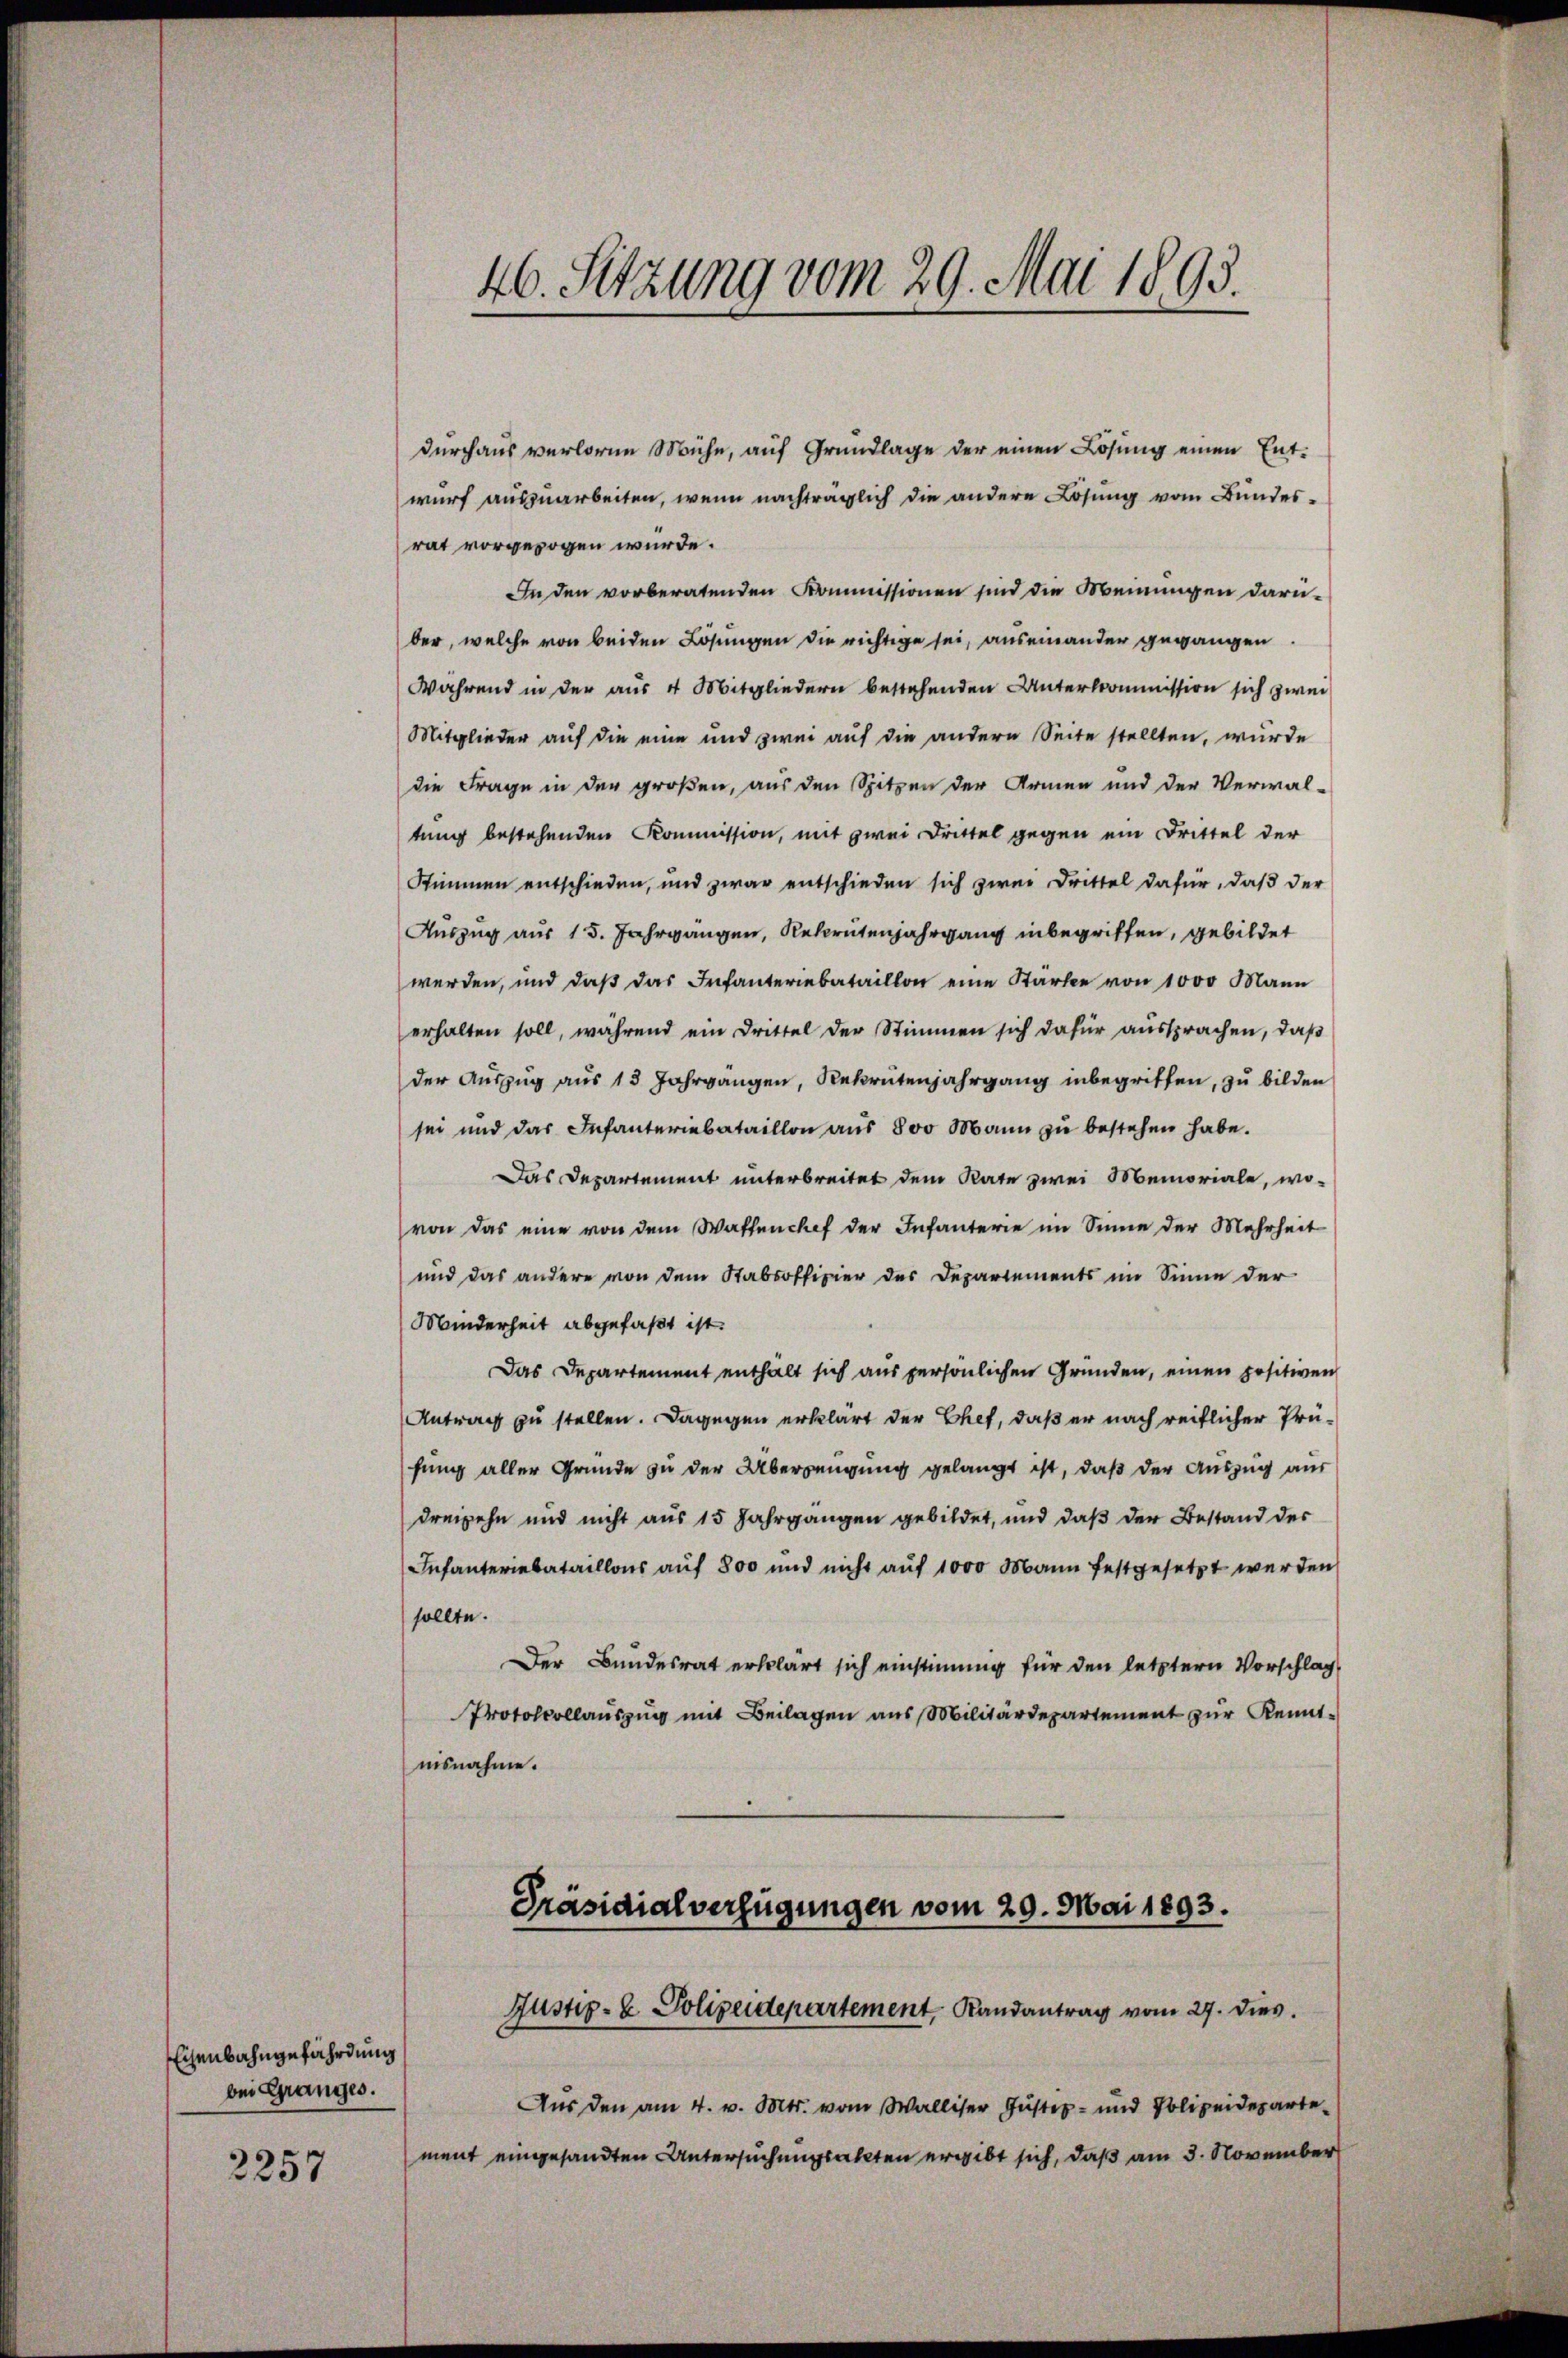
Eisenbahngefährdung
bei Granges.

2257

durchaus verloren Mühe, auf Grundlage der einen Lösung einen Entwurf auszuarbeiten, wenn nachträglich die andere Lösung vom Bundes-
rat vorgezogen würde.
In den vorberatenden Kommissionen sind die Meinungen darüber, welche von beiden Lösungen die richtige sei, auseinander gegangen
Während in der aus 4 Mitgliedern bestehenden Unterkommission sich zwei
Mitglieder auf die eine und zwei auf die andern Seite stellten, wurde
die Frage in der großen, aus den Spitzen der Armen und der Verwal-
tung bestehenden Kommission, mit zwei Drittel gegen ein Drittel der
Stimmen entschieden, und zwar entschieden sich zwei Drittel dafür, daß der
Auszug aus 15. Jahrgängen, Rekrutenjahrgang inbegriffen, gebildet
werden, und daβ das Infanteriebataillon eine Starke von 1000 Mann
erhalten soll, während ein Drittel der Stimmen sich dafür aussprachen, daß
der Auszug aus 13 Jahrgangen, Rekrutenjahrgang inbegriffen, zu bilden
sei und das Infanteriebataillon aŭs 800 Mann zu bestehen habe.
Das Departement unterbreitet dem Rate zwei Memoriale, wo-
von das eine von dem Waffenchef der Infanterie im Sinne der Mehrheit
und das andere von dem Stabsoffizier des Departements im Sinne der
Minderheit abgefaßt ist.
Das Departement enthält sich aus persönlichen Gründen, einen positiven
Antrag zu stellen. Dagegen erklärt der Chef, daß er nach reiflicher Prüfung aller Grunde zu der Überzeugung gelangt ist, daß der Auszug aus
dreizehn und nicht aus 15 Jahrgangen gebildet, und daß der Bestand des
Infanteriebataillons auf 800 und nicht auf 1000 Mann festgesetzt werden
sollte.
Der Bundesrat erklärt sich einstimmig für den letztern Vorschlag
Protokollauszug mit Beilagen aus Militärdepartement zur Kenntnisnahme.

46. Setzung vom 29. Mai 1893.

Präsidialverfügungen vom 29. Mai 1893.
Justiz- & Polizeidepartement Randantrag vom 27. dies

Aus den am 4. v. Mts. vom Walliser Justiz- und Polizeidepartement eingesandten Untersuchungsakten ergibt sich, daß am 3. November